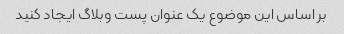
بر اساس این موضوع یک عنوان پست وبلاگ ایجاد کنید